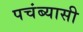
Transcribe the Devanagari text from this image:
पचंब्यासी